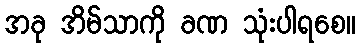
အခု အိမ်သာကို ခဏ သုံးပါရစေ။